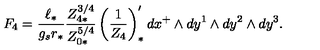
F _ { 4 } = { \frac { \ell _ { * } } { g _ { s } r _ { * } } } { \frac { Z _ { 4 * } ^ { 3 / 4 } } { Z _ { 0 * } ^ { 5 / 4 } } } \left( { \frac { 1 } { Z _ { 4 } } } \right) _ { * } ^ { \prime } d x ^ { + } \wedge d y ^ { 1 } \wedge d y ^ { 2 } \wedge d y ^ { 3 } .